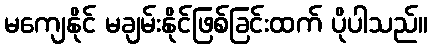
မကျေနိုင် မချမ်းနိုင်ဖြစ်ခြင်းထက် ပိုပါသည်။